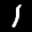
Label: 1